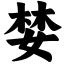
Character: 婪